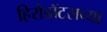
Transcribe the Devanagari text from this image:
हिरोडॉटसच्या